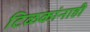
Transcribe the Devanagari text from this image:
टिळकांनाही